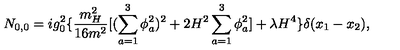
N _ { 0 , 0 } = i g _ { 0 } ^ { 2 } \{ \frac { m _ { H } ^ { 2 } } { 1 6 m ^ { 2 } } [ ( \sum _ { a = 1 } ^ { 3 } \phi _ { a } ^ { 2 } ) ^ { 2 } + 2 H ^ { 2 } \sum _ { a = 1 } ^ { 3 } \phi _ { a } ^ { 2 } ] + \lambda H ^ { 4 } \} \delta ( x _ { 1 } - x _ { 2 } ) ,